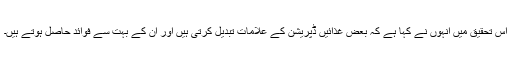
اس تحقیق میں انہوں نے کہا ہے کہ بعض غذائیں ڈپریشن کے علامات تبدیل کرتی ہیں اور ان کے بہت سے فوائد حاصل ہوتے ہیں۔